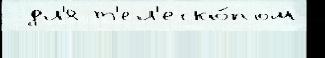
  дл'я т'ел'еско́пом